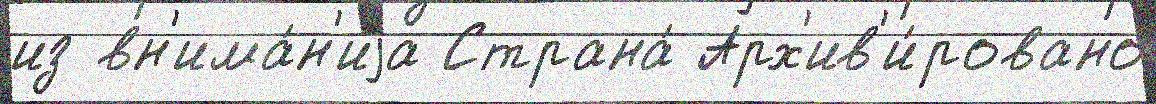
из вн'има́н'иjа Страна́ Арх'ив'и́ровано